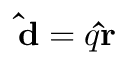
\mathbf { \hat { d } } = q \mathbf { \hat { r } }